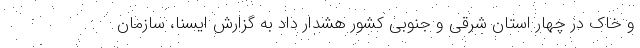
و خاک در چهار استان شرقی و جنوبی کشور هشدار داد به گزارش ایسنا، سازمان